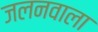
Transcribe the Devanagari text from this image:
जलनवाला